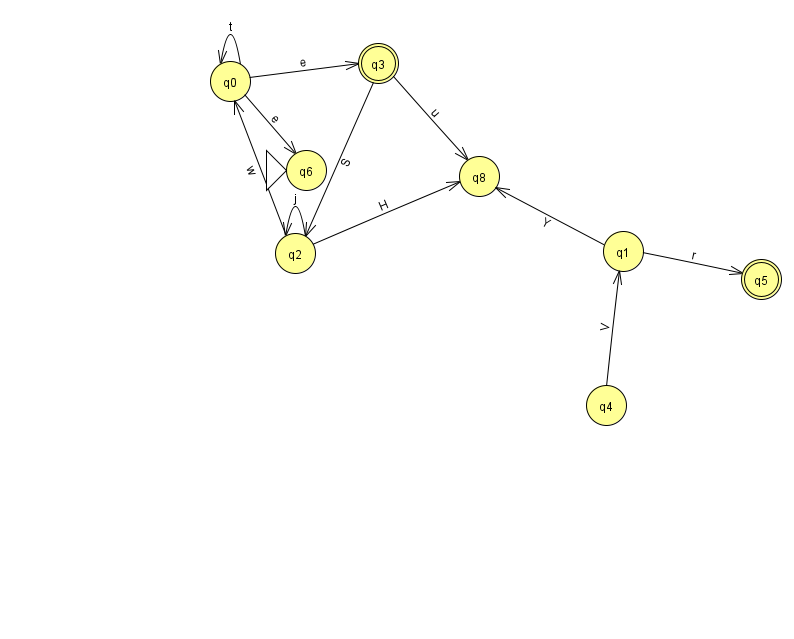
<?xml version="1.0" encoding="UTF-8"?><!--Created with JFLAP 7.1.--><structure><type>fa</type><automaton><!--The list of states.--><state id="0" name="q0"><x>230.0</x><y>68.0</y></state><state id="1" name="q1"><x>623.0</x><y>238.0</y></state><state id="2" name="q2"><x>295.0</x><y>240.0</y></state><state id="3" name="q3"><x>378.0</x><y>50.0</y><final/></state><state id="4" name="q4"><x>606.0</x><y>392.0</y></state><state id="5" name="q5"><x>761.0</x><y>266.0</y><final/></state><state id="6" name="q6"><x>306.0</x><y>157.0</y><initial/></state><state id="8" name="q8"><x>479.0</x><y>163.0</y></state><!--The list of transitions.--><transition><from>2</from><to>0</to><read>w</read></transition><transition><from>4</from><to>1</to><read>V</read></transition><transition><from>0</from><to>0</to><read>t</read></transition><transition><from>1</from><to>5</to><read>r</read></transition><transition><from>1</from><to>8</to><read>Y</read></transition><transition><from>2</from><to>8</to><read>H</read></transition><transition><from>0</from><to>3</to><read>e</read></transition><transition><from>3</from><to>2</to><read>S</read></transition><transition><from>2</from><to>2</to><read>j</read></transition><transition><from>0</from><to>6</to><read>e</read></transition><transition><from>3</from><to>8</to><read>u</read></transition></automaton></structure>